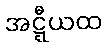
အဋ္ဋီယထ